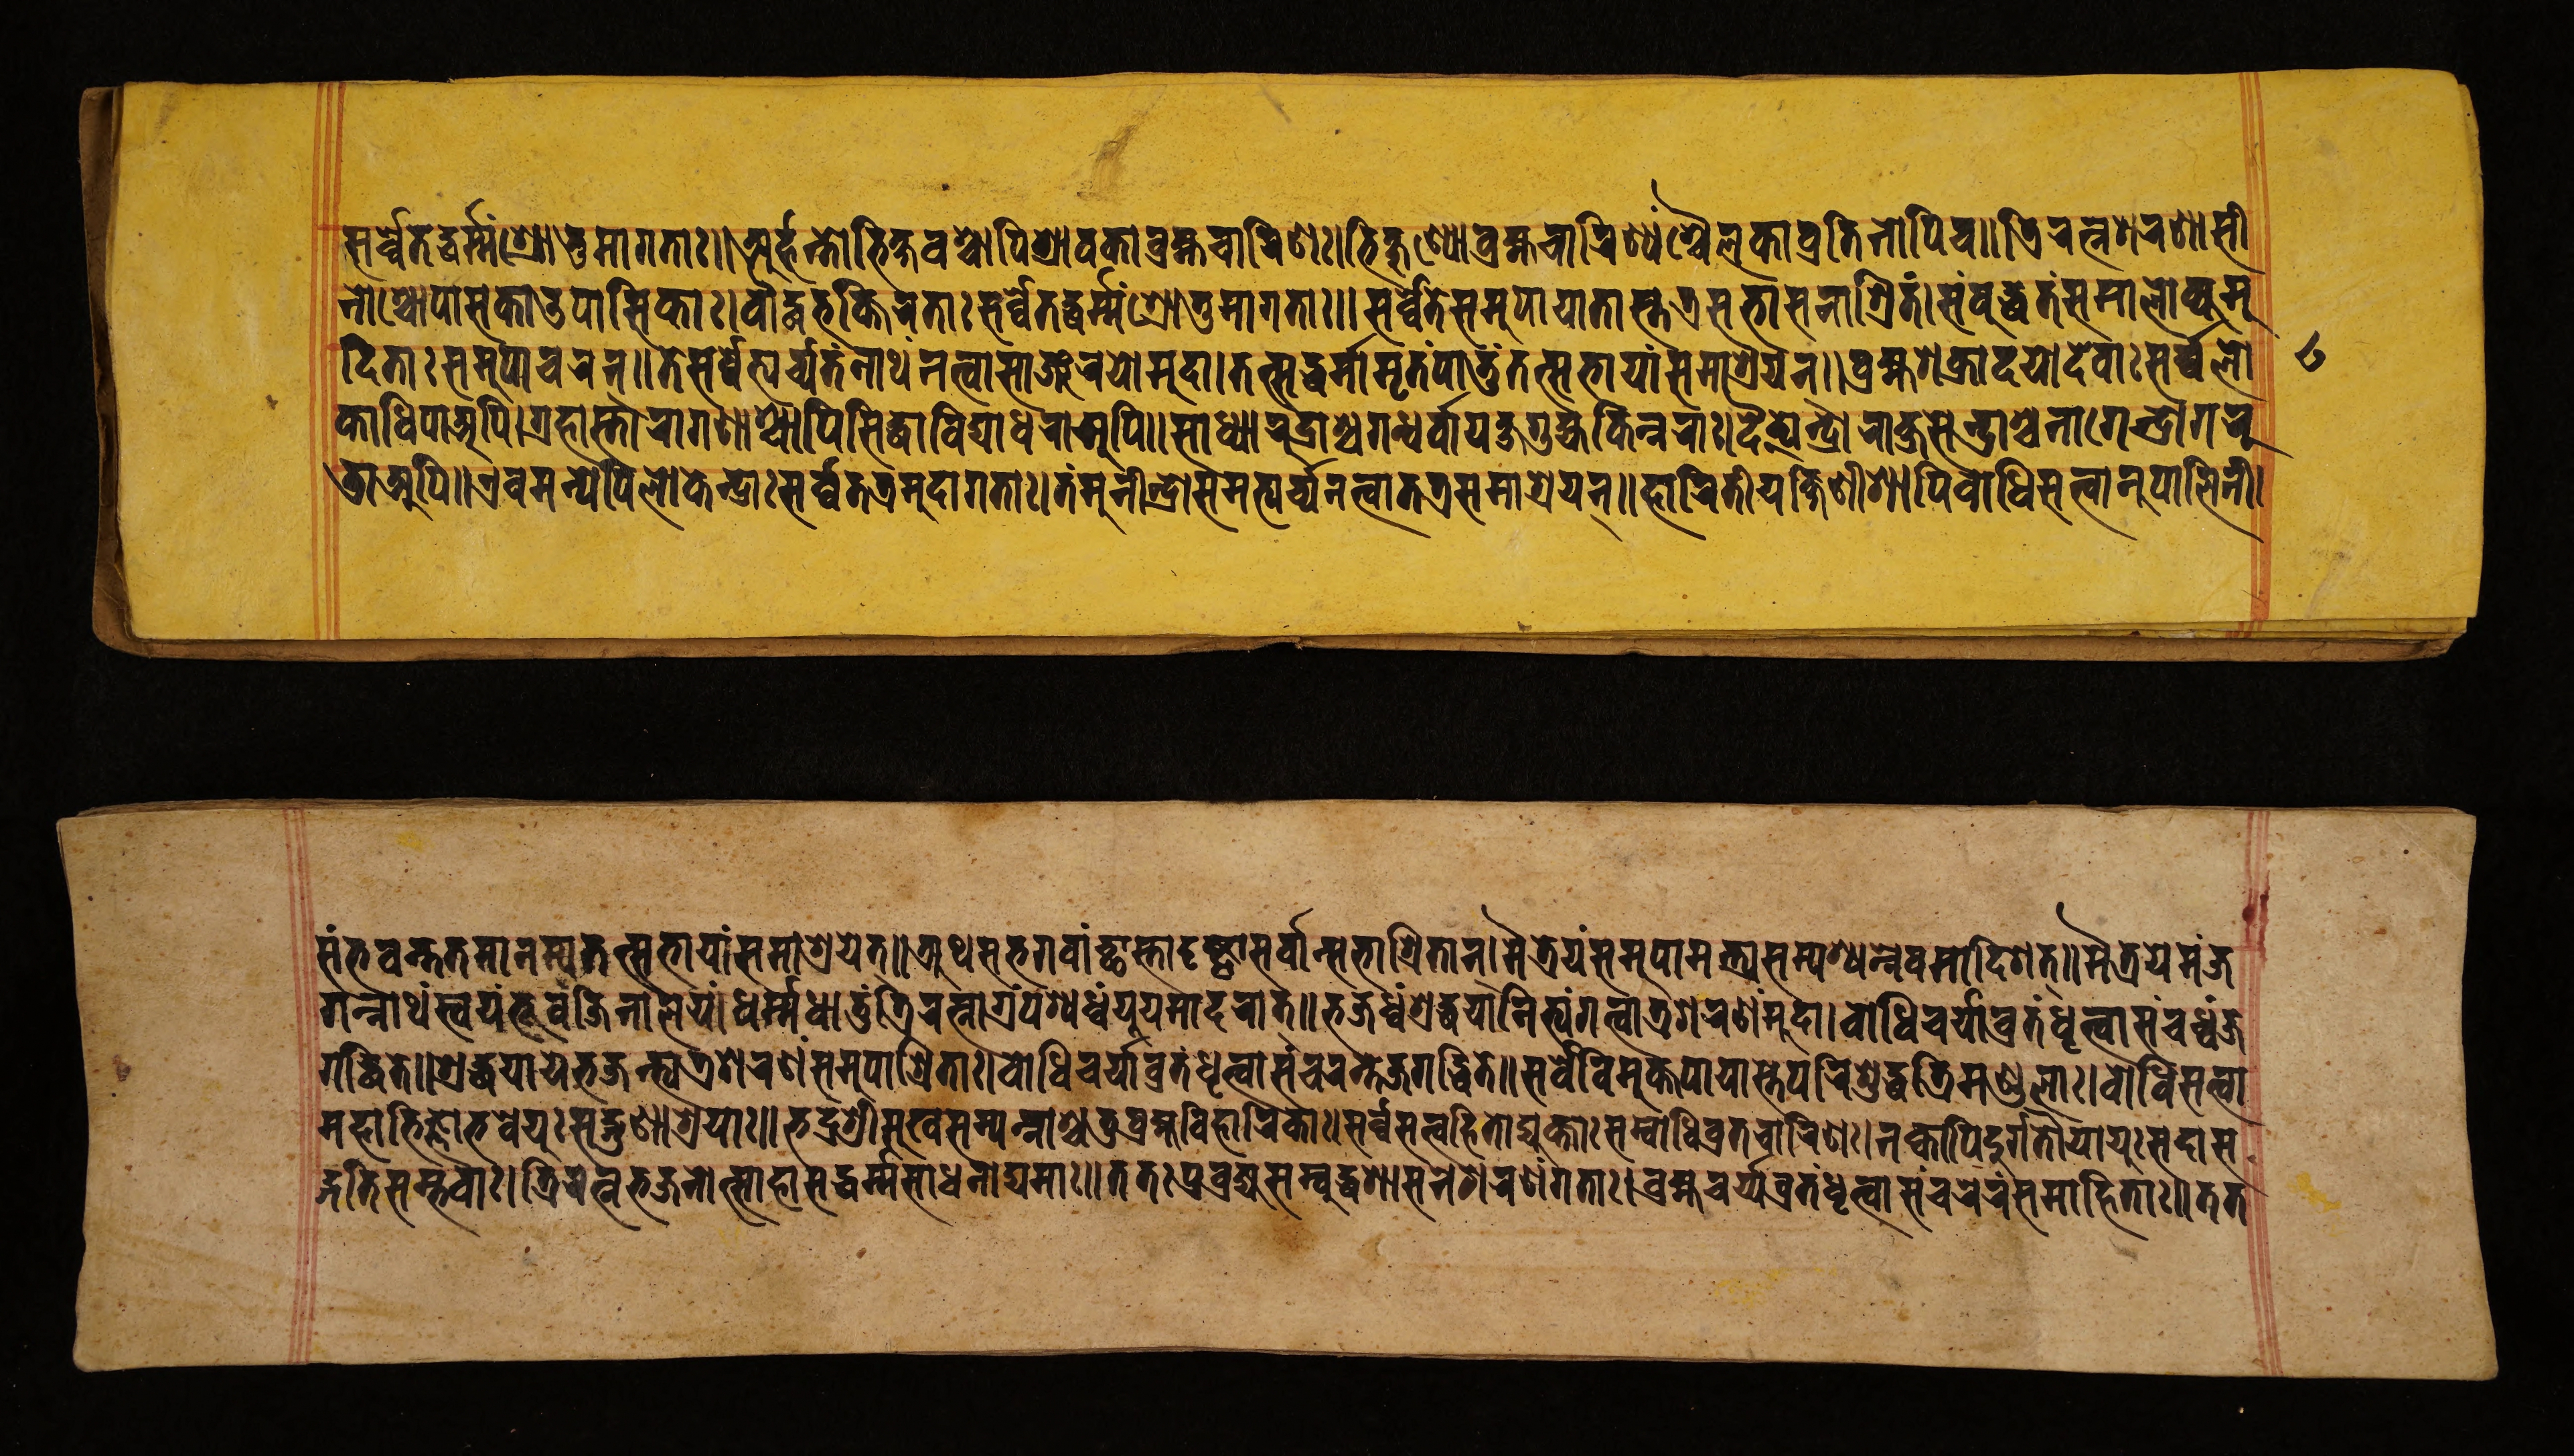
𑐳𑐬𑑂𑐰𑑂𑐰𑐾𑐟𑐡𑑂𑐢𑐬𑑂𑐩𑑂𑐩𑑄𑐱𑑂𑐬𑑀𑐟𑐸𑐩𑐵𑐐𑐟𑐵𑑅॥𑐀𑐬𑑂𑐴𑐣𑑂𑐟𑑀𑐨𑐶𑐎𑑂𑐲𑐰𑐱𑑂𑐔𑐵𑐥𑐶𑐱𑑂𑐬𑐵𑐰𑐎𑐵𑐧𑑂𑐬𑐴𑑂𑐩𑐔𑐵𑐬𑐶𑐞𑑅।𑐨𑐶𑐎𑑂𑐲𑐸𑐞𑑂𑐫𑑀𑐧𑑂𑐬𑐴𑑂𑐩𑐔𑐵𑐬𑐶𑐞𑑂𑐫𑐱𑑂𑐔𑐿𑐮𑐎𑐵𑐰𑑂𑐬𑐟𑐶𑐣𑑀𑐥𑐶𑐔॥𑐟𑑂𑐬𑐶𑐬𑐟𑑂𑐣𑐱𑐬𑐞𑐵𑐳𑐷 𑐣𑑀𑐱𑑂𑐔𑑀𑐥𑐵𑐳𑐎𑐵𑐄𑐥𑐵𑐳𑐶𑐎𑐵𑑅।𑐧𑑁𑐡𑑂𑐢𑐨𑐎𑑂𑐟𑐶𑐬𑐟𑐵𑑅𑐳𑐬𑑂𑐰𑑂𑐰𑐾𑐟𑐡𑑂𑐢𑐬𑑂𑐩𑑂𑐩𑑄𑐱𑑂𑐬𑑀𑐟𑐸𑐩𑐵𑐐𑐟𑐵𑑅॥𑐳𑐬𑑂𑐰𑑂𑐰𑐾𑐟𑐾𑐳𑐩𑐸𑐥𑐵𑐫𑐵𑐟𑐵𑐳𑑂𑐟𑐟𑑂𑐬𑐳𑐨𑐵𑐳𑐣𑐵𑐱𑑂𑐬𑐶𑐟𑑄।𑐳𑑄𑐧𑐸𑐡𑑂𑐢𑐟𑑄𑐳𑐩𑐵𑐮𑑀𑐎𑑂𑐫𑐩𑐸 𑐡𑐶𑐟𑐵𑑅𑐳𑐩𑐸𑐥𑐵𑐔𑐬𑐣𑑂॥𑐟𑐾𑐳𑐬𑑂𑐰𑑂𑐰𑐾𑐨𑑂𑐫𑐬𑑂𑐔𑑂𑐫𑐟𑑄𑐣𑐵𑐠𑑄𑐣𑐟𑑂𑐰𑐵𑐳𑐵𑐘𑑂𑐖𑐬𑐫𑑀𑐩𑐸𑐡𑐵।𑐟𑐟𑑂𑐳𑐡𑑂𑐢𑐬𑑂𑐩𑐵𑐩𑐺𑐟𑑄𑐥𑐵𑐟𑐸𑑄𑐟𑐟𑑂𑐳𑐨𑐵𑐫𑐵𑑄𑐳𑐩𑐵𑐱𑑂𑐬𑐫𑐣𑑂॥𑐧𑑂𑐬𑐴𑑂𑐩𑐱𑐎𑑂𑐬𑐵𑐡𑐫𑑀𑐡𑐾𑐰𑐵𑑅𑐳𑐬𑑂𑐰𑑂𑐰𑐮𑑀 𑐎𑐵𑐢𑐶𑐥𑐵𑐀𑐥𑐶।𑐐𑑂𑐬𑐴𑐵𑐳𑑂𑐟𑐵𑐬𑐵𑐐𑐞𑐵𑐱𑑂𑐔𑐵𑐥𑐶𑐳𑐶𑐡𑑂𑐢𑐵𑐰𑐶𑐡𑑂𑐫𑐵𑐢𑐬𑐵𑐀𑐥𑐶॥𑐳𑐵𑐢𑑂𑐫𑐵𑐬𑐸𑐡𑑂𑐬𑐵𑐱𑑂𑐔𑐐𑐣𑑂𑐢𑐬𑑂𑐰𑐵𑐫𑐎𑑂𑐲𑐐𑐸𑐴𑑂𑐫𑐎𑐶𑐣𑑂𑐣𑐬𑐵𑑅।𑐡𑐿𑐟𑑂𑐫𑐾𑐣𑑂𑐡𑑂𑐬𑐵𑐬𑐵𑐎𑑂𑐲𑐳𑐾𑐣𑑂𑐡𑑂𑐬𑐵𑐱𑑂𑐔𑐣𑐵𑐐𑐾𑐣𑑂𑐡𑑂𑐬𑐵𑐐𑐬𑐸 𑐜𑐵𑐀𑐥𑐶॥𑐊𑐰𑐩𑐣𑑂𑐫𑐾𑐥𑐶𑐮𑑀𑐎𑐾𑐣𑑂𑐡𑑂𑐬𑐵𑑅𑐳𑐬𑑂𑐰𑑂𑐰𑐟𑐟𑑂𑐬𑐩𑐸𑐡𑐵𑐐𑐟𑐵𑑅।𑐟𑑄𑐩𑐸𑐣𑐷𑐣𑑂𑐡𑑂𑐬𑑀𑐳𑐩𑐨𑑂𑐫𑐬𑑂𑐔𑑂𑐫𑐣𑐟𑑂𑐰𑐵𑐟𑐟𑑂𑐬𑐳𑐩𑐵𑐱𑑂𑐬𑐫𑐣𑑂॥𑐴𑐵𑐬𑐶𑐟𑐷𑐫𑐎𑑂𑐲𑐶𑐞𑐷𑐱𑐵𑐥𑐶𑐧𑑀𑐢𑐶𑐳𑐟𑑂𑐰𑐵𑐣𑐸𑐥𑐵𑐮𑐶𑐣𑐷। 𑐳𑑄𑐨𑐰𑐣𑑂𑐟𑐟𑐩𑐵𑐣𑐩𑑂𑐫𑐟𑐟𑑂𑐳𑐨𑐵𑐫𑐵𑑄𑐳𑐩𑐵𑐱𑑂𑐬𑐫𑐾𑐟𑑂॥𑐀𑐠𑐳𑐨𑐐𑐰𑐵𑑄𑐕𑐵𑐳𑑂𑐟𑐵𑐡𑐺𑐲𑑂𑐚𑑂𑐰𑐵𑐳𑐬𑑂𑐰𑐵𑐣𑑂𑐳𑐨𑐵𑐱𑑂𑐬𑐶𑐟𑐵𑐣𑑂।𑐩𑐿𑐟𑑂𑐬𑐾𑐫𑑄𑐳𑐩𑐸𑐥𑐵𑐩𑐣𑑂𑐟𑑂𑐬𑑂𑐫𑐳𑐩𑑂𑐥𑐱𑑂𑐫𑐣𑑂𑐣𑐾𑐰𑐩𑐵𑐡𑐶𑐱𑐟𑑂॥𑐩𑐿𑐟𑑂𑐬𑐾𑐫𑐾𑐩𑑄𑐖 𑐐𑐣𑑂𑐣𑐵𑐠𑑄𑐳𑑂𑐰𑐫𑑄𑐨𑐸𑐰𑑄𑐖𑐶𑐣𑐵𑐮𑐫𑑄।𑐢𑐬𑑂𑐩𑑂𑐩𑐢𑐵𑐟𑐸𑑄𑐟𑑂𑐬𑐶𑐬𑐟𑑂𑐣𑐵𑐐𑑂𑐬𑑄𑐥𑐱𑑂𑐫𑐢𑑂𑐰𑑄𑐫𑐹𑐫𑐩𑐵𑐡𑐬𑐵𑐟𑑂॥𑐨𑐖𑐢𑑂𑐰𑑄𑐱𑑂𑐬𑐡𑑂𑐢𑐫𑐵𑐣𑐶𑐟𑑂𑐫𑑄𑐐𑐟𑑂𑐰𑐵𑐟𑑂𑐬𑐱𑐬𑐞𑑄𑐩𑐸𑐡𑐵।𑐧𑑀𑐢𑐶𑐔𑐬𑑂𑐫𑐵𑐰𑑂𑐬𑐟𑑄𑐢𑐺𑐟𑑂𑐰𑐵𑐳𑑄𑐔𑐢𑑂𑐰𑑄𑐖 𑐐𑐡𑑂𑐢𑐶𑐟𑐾॥𑐱𑑂𑐬𑐡𑑂𑐢𑐫𑐵𑐫𑐾𑐨𑐖𑐣𑑂𑐟𑑂𑐰𑐟𑑂𑐬𑐱𑐬𑐞𑑄𑐳𑐩𑐸𑐥𑐵𑐱𑑂𑐬𑐶𑐟𑐵𑑅।𑐧𑑀𑐢𑐶𑐔𑐬𑑂𑐫𑐵𑐰𑑂𑐬𑐟𑑄𑐢𑐺𑐟𑑂𑐰𑐵𑐳𑑄𑐔𑐬𑐣𑑂𑐟𑐾𑐖𑐐𑐡𑑂𑐢𑐶𑐟𑐾॥𑐳𑐬𑑂𑐰𑐾𑐰𑐶𑐩𑐸𑐎𑑂𑐟𑐥𑐵𑐥𑐵𑐳𑑂𑐟𑐾𑐥𑐬𑐶𑐱𑐸𑐡𑑂𑐢𑐟𑑂𑐬𑐶𑐩𑐞𑑂𑐜𑐮𑐵𑑅।𑐧𑑀𑐢𑐶𑐳𑐟𑑂𑐰𑐵 𑐩𑐴𑐵𑐨𑐶𑐖𑑂𑐘𑑀𑐨𑐰𑐾𑐫𑐸𑑅𑐳𑐡𑑂𑐐𑐸𑐞𑐵𑐱𑑂𑐬𑐫𑐵𑑅॥𑐨𑐡𑑂𑐬𑐱𑑂𑐬𑐷𑐳𑐸𑐏𑐳𑐩𑑂𑐥𑐣𑑂𑐣𑐵𑐱𑑂𑐔𑐟𑐸𑐧𑑂𑐬𑐴𑑂𑐩𑐰𑐶𑐴𑐵𑐬𑐶𑐎𑐵𑑅।𑐳𑐬𑑂𑐰𑑂𑐰𑐳𑐟𑑂𑐰𑐴𑐶𑐟𑑀𑐡𑑂𑐫𑐸𑐎𑑂𑐟𑐵𑑅𑐳𑐩𑑂𑐧𑑀𑐢𑐶𑐰𑑂𑐬𑐟𑐔𑐵𑐬𑐶𑐞𑑅।𑐣𑐎𑑂𑐰𑐵𑐥𑐶𑐡𑐸𑐬𑑂𑐐𑐟𑑁𑐫𑐵𑐫𑐸𑑅𑐳𑐡𑐵𑐳 𑐡𑑂𑐐𑐟𑐶𑐳𑐩𑑂𑐨𑐰𑐵𑑅।𑐟𑑂𑐬𑐶𑐬𑐟𑑂𑐣𑐨𑐖𑐣𑑀𑐟𑑂𑐳𑐵𑐴𑐵𑐳𑐡𑑂𑐢𑐬𑑂𑐩𑑂𑐩𑐳𑐵𑐢𑐣𑑀𑐡𑑂𑐫𑐩𑐵𑑅॥𑐟𑐟𑑅𑐥𑑂𑐬𑐰𑑂𑐬𑐖𑑂𑐫𑐳𑐩𑑂𑐧𑐸𑐡𑑂𑐢𑐱𑐵𑐳𑐣𑐾𑐱𑐬𑐞𑑄𑐐𑐟𑐵𑑅।𑐧𑑂𑐬𑐴𑑂𑐩𑐔𑐬𑑂𑐫𑑂𑐫𑐰𑑂𑐬𑐟𑑄𑐢𑐺𑐟𑑂𑐰𑐵𑐳𑑄𑐔𑐬𑐾𑐬𑑄𑐳𑐩𑐵𑐴𑐶𑐟𑐵𑑅॥𑐟𑐟 𑑘